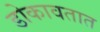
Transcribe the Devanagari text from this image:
डोकावतात